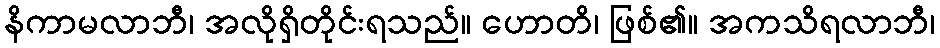
နိကာမလာဘီ၊ အလိုရှိတိုင်းရသည်။ ဟောတိ၊ ဖြစ်၏။ အကသိရလာဘီ၊